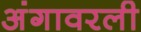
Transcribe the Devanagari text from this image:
अंगावरली